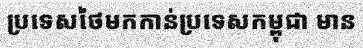
ប្រទេសថៃមកកាន់ប្រទេសកម្ពុជា មាន